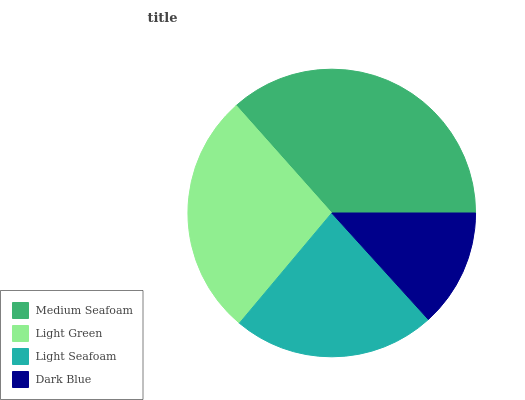
| Medium Seafoam | Light Green | Light Seafoam | Dark Blue |
 | --- | --- | --- | --- |
 | 36.6% | 27.4% | 22.8% | 13.3% |